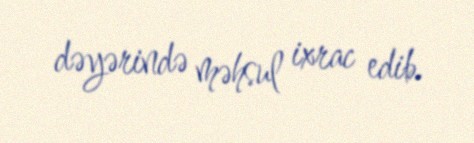
dəyərində məhsul ixrac edib.